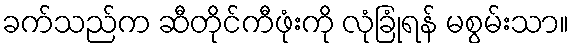
ခက်သည်က ဆီတိုင်ကီဖုံးကို လုံခြုံရန် မစွမ်းသာ။